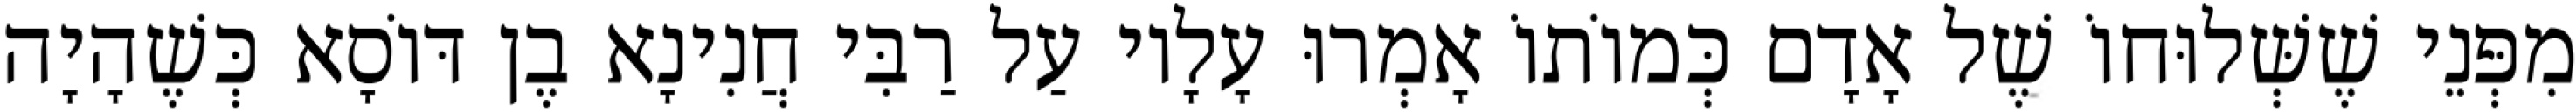
מִפְּנֵי שֶׁשְּׁלוּחוֹ שֶׁל אָדָם כְּמוֹתוֹ אָמְרוּ עָלָיו עַל רַבִּי חֲנִינָא בֶן דּוֹסָא כְּשֶׁהָיָה